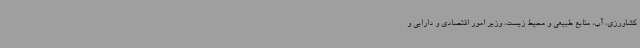
کشاورزی، آب، منابع طبیعی و محیط زیست، وزیر امور اقتصادی و دارایی و